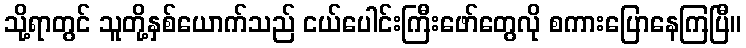
သို့ရာတွင် သူတို့နှစ်ယောက်သည် ငယ်ပေါင်းကြီးဖော်တွေလို စကားပြောနေကြပြီ။